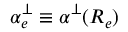
\alpha _ { e } ^ { \perp } \equiv \alpha ^ { \perp } ( R _ { e } )